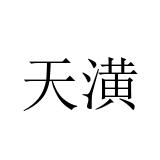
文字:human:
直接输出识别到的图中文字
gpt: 天潢